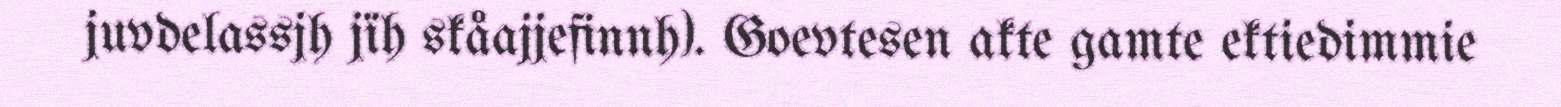
juvdelassjh jïh skåajjefinnh). Goevtesen akte gamte ektiedimmie